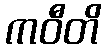
ကဝီတိ